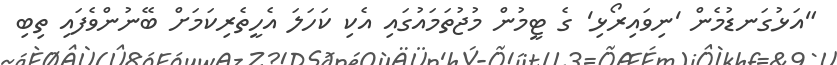
"އަޅުގަނޑުމެން 'ނިވައިރޯޅި' ގެ ޓީމުން މުޖުތަމައުގައި އެކި ކަހަލަ އެހީތެރިކަމަށް ބޭނުންވެފައި ތިބި